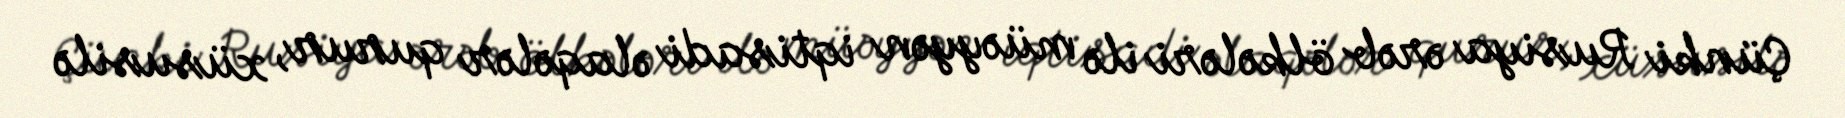
Çünki Rusiya ərəb ölkələri ilə müəyyən iqtisadi əlaqələr qurur, xüsusilə